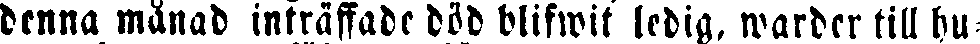
denna månad inträffade död blifwit ledig, warder till hu-